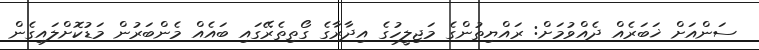
ސަންއަށް ޚަބަރެއް ދެއްވުމަށް: ރައްޔިތުންގެ މަޖިލީހުގެ އިދާރާގެ ގޯތިތެރޭގައި ބައެއް މެންބަރުން މަޑުކޮށްލައިގެން